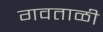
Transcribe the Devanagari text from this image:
गवताळी